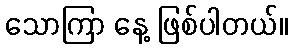
သောကြာ နေ့ ဖြစ်ပါတယ်။